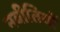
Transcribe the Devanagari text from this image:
नबीतियों